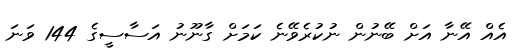
އެއް އޭނާ އަށް ބޭނުން ނުކުރެވޭނެ ކަމަށް ގާނޫނު އަސާސީގެ 144 ވަނަ